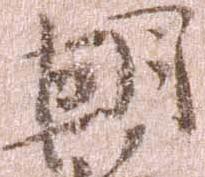
朝